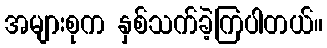
အများစုက နှစ်သက်ခဲ့ကြပါတယ်။